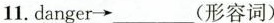
11.danger\rightarrow___(形容词)